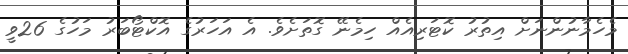
މެހެމާނުންނަށް އިތުރު ކޮޓަރިއެއް ހިމެނޭ ގޮތަށެވެ. އެ އަހަރުގެ އޮކްޓޯބަރު މަހުގެ 26ވީ